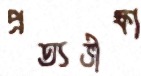
প্রত্যভীক্ষা